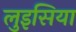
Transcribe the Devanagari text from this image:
लुइसिया